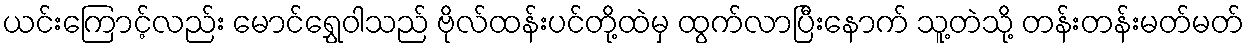
ယင်းကြောင့်လည်း မောင်ရွှေဝါသည် ဗိုလ်ထန်းပင်တို့ထဲမှ ထွက်လာပြီးနောက် သူ့တဲသို့ တန်းတန်းမတ်မတ်